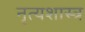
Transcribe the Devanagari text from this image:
नृत्‍यशास्‍त्र